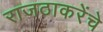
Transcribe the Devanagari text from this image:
राजठाकरेंचे